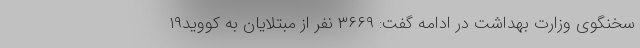
سخنگوی وزارت بهداشت در ادامه گفت: ۳۶۶۹ نفر از مبتلایان به کووید۱۹